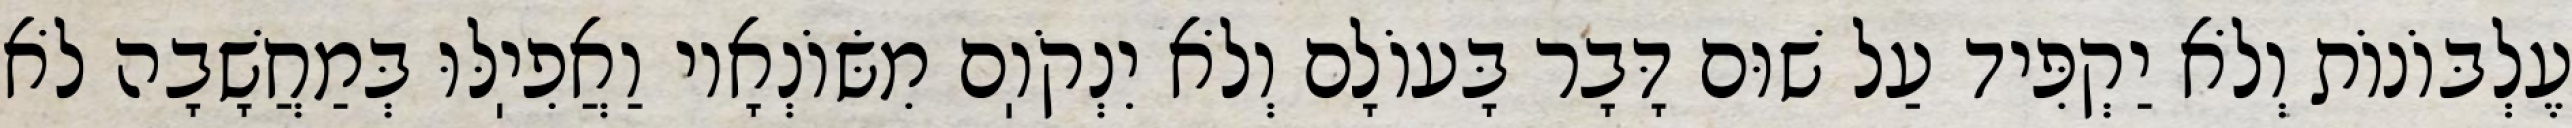
עֶלְבּוֹנוֹת וְלֹא יַקְפִּיד עַל שׁוּם דָּבָר בָּעוֹלָם וְלֹא יִנְקֹוֽם מִשּׂוֹנְאָיו וַאֲפִיֽלּוּ בְּמַחֲשָׁבָה לֹא